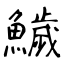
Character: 鱥